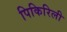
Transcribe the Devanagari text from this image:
पिकिरिली